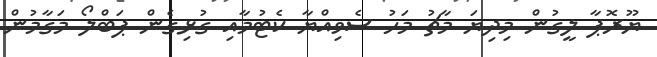
ޔޫރޮޕާ ލީގުން މިދިޔަ މާޗު މަހު ސެވިއްޔާ ކެޓުމާއި ގުޅިގެން ޕަބްލޯ މަގާމުން